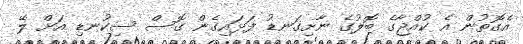
އެގޮތުން އެ ކުއްޖާގެ ބޮލުގެ ނާށިގަނޑު ފަޅައިގެން ގޮސް ސިކުނޑި އަށް ލޭ